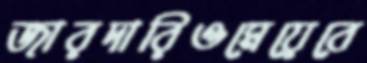
জারদারিওমেয়েবে